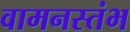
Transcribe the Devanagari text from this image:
वामनस्तंभ